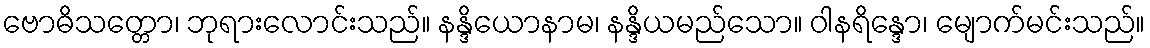
ဗောဓိသတ္တော၊ ဘုရားလောင်းသည်။ နန္ဒိယောနာမ၊ နန္ဒိယမည်သော။ ဝါနရိန္ဒော၊ မျောက်မင်းသည်။